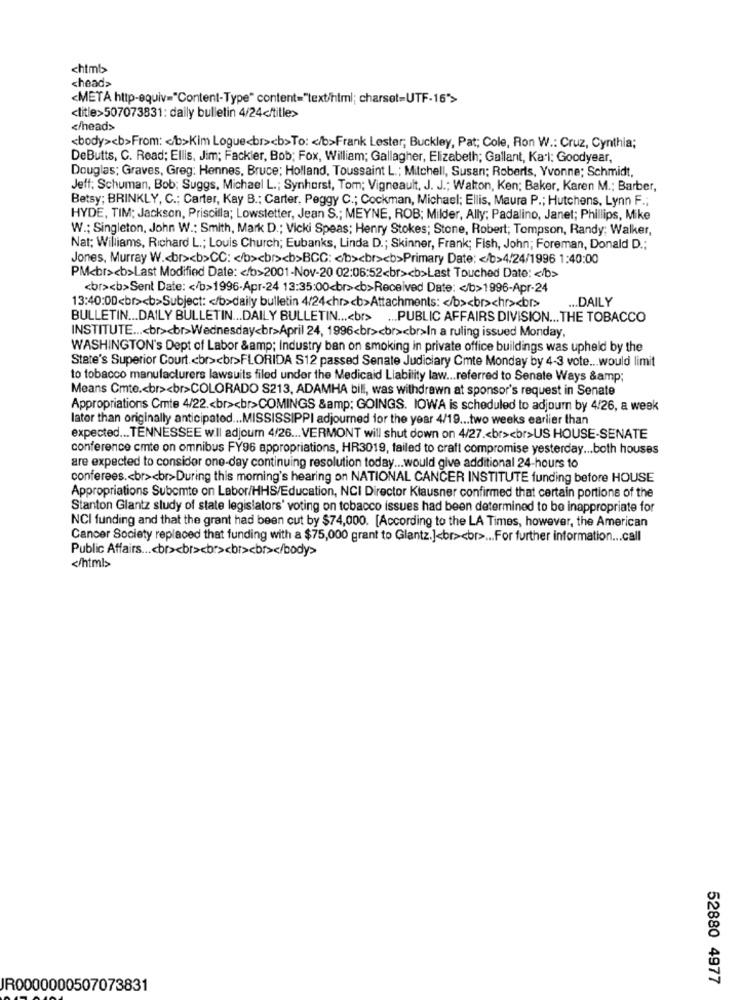
chimb
<head>
<META http-equiv="Content-Type" content="text/html; charset=UTF-16">
<title>507073831: daily bulletin 4/24</title>
</head>
<body><b>From: < /b>Kim Logue<br><b>To: < /b>Frank Lester; Buckley, Pat; Cole, Ron W .: Cruz, Cynthia;
DeButts, C. Read; Ellis, Jim; Fackler, Bob; Fox, William; Gallagher, Elizabeth; Gallant, Kal; Goodyear,
Douglas; Graves, Greg: Hennes, Bruce; Holland, Toussaint L .; Mitchell, Susan; Roberts, Yvonne; Schmidt,
Jeff: Schuman, Bob; Suggs, Michael L .; Synhorst, Tom; Vigneault, J. J .; Walton, Ken; Baker, Karen M .; Barber,
Betsy; BRINKLY, C .: Carter, Kay B .; Carter, Peggy C .; Cockman, Michael; Ellis, Maura P .; Hutchens, Lynn F .;
HYDE, TIM; Jackson, Priscilla; Lowstetter, Jean S .; MEYNE, ROB; Milder, Ally; Padalino, Janet; Phillips, Mike
W .; Singleton, John W .: Smith, Mark D .; Vicki Speas; Henry Stokes; Stone, Robert; Tompson, Randy; Walker,
Nat; Williams, Richard L .; Louis Church; Eubanks, Linda D .; Skinner, Frank; Fish, John; Foreman, Donald D .;
Jones, Murray W .< br><b>CC: < /b><br><b>BCC: < b><br><b>Primary Date: < /b>4/24/1996 1:40:00
PM<br><b>Last Modified Date: < /b>2001-Nov-20 02:06:52<br><b>Last Touched Date: < /b>
<br><b>Sent Date: < /b>1996-Apr-24 13:35:00<br><b>Received Date: < /b>1996-Apr-24
... DAILY
13:40:00<br><b>Subject: < /b>daily bulletin 4/24chr><b>Attachments: < /b><br><hr><br>
BULLETIN ... DAILY BULLETIN ... DAILY BULLETIN ...< br> ... PUBLIC AFFAIRS DIVISION ... THE TOBACCO
INSTITUTE ...< br><br>Wednesday<br>April 24, 1996<br><br><br>In a ruling issued Monday,
WASHINGTON's Dept of Labor &amp; Industry ban on smoking in private office buildings was upheld by the
State's Superior Court .< br><br>FLORIDA S12 passed Senate Judiciary Cmte Monday by 4-3 vote ... would limit
to tobacco manufacturers lawsuits filed under the Medicaid Liability law ... referred to Senate Ways &amp;
Means Cmte .< br><br>COLORADO S213, ADAMHA bill, was withdrawn at sponsor's request in Senate
Appropriations Cmte 4/22 .< br><br>COMINGS &amp; GOINGS. IOWA is scheduled to adjourn by 4/26, a week
lator than originally anticipated ... MISSISSIPPI adjourned for the year 4/19 ... two weeks earlier than
expected ... TENNESSEE will adjourn 4/26 ... VERMONT will shut down on 4/27 .< br><br>US HOUSE-SENATE
conference cmte on omnibus FY96 appropriations, HR3019, failed to craft compromise yesterday ... both houses
are expected to consider one-day continuing resolution today ... would give additional 24-hours to
conferees .< br><br>During this morning's hearing on NATIONAL CANCER INSTITUTE funding before HOUSE
Appropriations Subomte on Labor/HHS/Education, NCI Director Klausner confirmed that certain portions of the
Stanton Glantz study of state legislators' voting on tobacco issues had been determined to be inappropriate for
NCI funding and that the grant had been cut by $74,000. [According to the LA Times, however, the American
Cancer Society replaced that funding with a $75,000 grant to Glantz.]<br><br> ... For further information ... call
Public Affairs ...< br><br><br><br><br></body>
</html>
52880 4977
JR0000000507073831